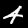
Digit: 4